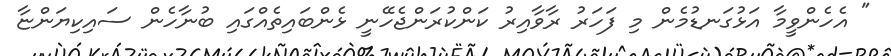
" އެހެންވީމާ އަޅުގަނޑުމެން މި ފަހަރު ރާވާއިރު ކަންކުރަންޖެހޭނީ ޅެންބައިތެއްގައި ބުނާހެން ސައިކިޔަންޏާ